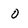
Character: 0